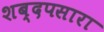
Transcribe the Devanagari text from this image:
शब्दपसारा